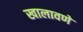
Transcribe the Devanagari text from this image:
खालावणे